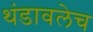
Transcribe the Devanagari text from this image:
थंडावलेच